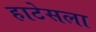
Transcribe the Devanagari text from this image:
हाटेसला